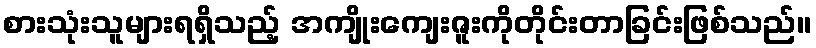
စားသုံးသူများရရှိသည့် အကျိုးကျေးဇူးကိုတိုင်းတာခြင်းဖြစ်သည်။